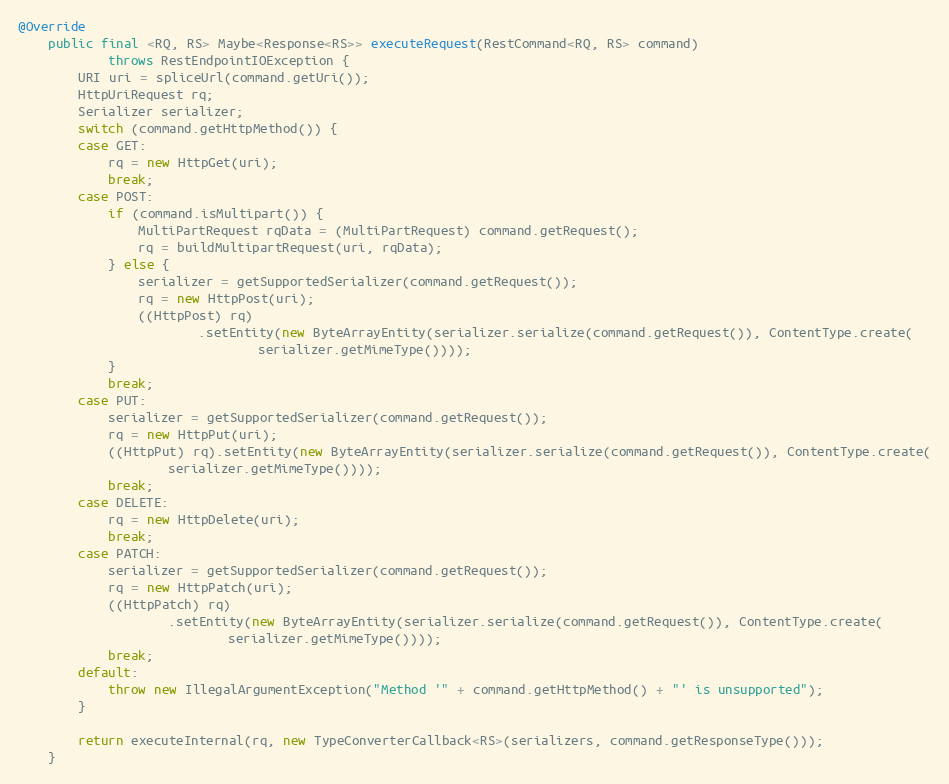
Language: Java
@Override
    public final <RQ, RS> Maybe<Response<RS>> executeRequest(RestCommand<RQ, RS> command)
            throws RestEndpointIOException {
        URI uri = spliceUrl(command.getUri());
        HttpUriRequest rq;
        Serializer serializer;
        switch (command.getHttpMethod()) {
        case GET:
            rq = new HttpGet(uri);
            break;
        case POST:
            if (command.isMultipart()) {
                MultiPartRequest rqData = (MultiPartRequest) command.getRequest();
                rq = buildMultipartRequest(uri, rqData);
            } else {
                serializer = getSupportedSerializer(command.getRequest());
                rq = new HttpPost(uri);
                ((HttpPost) rq)
                        .setEntity(new ByteArrayEntity(serializer.serialize(command.getRequest()), ContentType.create(
                                serializer.getMimeType())));
            }
            break;
        case PUT:
            serializer = getSupportedSerializer(command.getRequest());
            rq = new HttpPut(uri);
            ((HttpPut) rq).setEntity(new ByteArrayEntity(serializer.serialize(command.getRequest()), ContentType.create(
                    serializer.getMimeType())));
            break;
        case DELETE:
            rq = new HttpDelete(uri);
            break;
        case PATCH:
            serializer = getSupportedSerializer(command.getRequest());
            rq = new HttpPatch(uri);
            ((HttpPatch) rq)
                    .setEntity(new ByteArrayEntity(serializer.serialize(command.getRequest()), ContentType.create(
                            serializer.getMimeType())));
            break;
        default:
            throw new IllegalArgumentException("Method '" + command.getHttpMethod() + "' is unsupported");
        }

        return executeInternal(rq, new TypeConverterCallback<RS>(serializers, command.getResponseType()));
    }